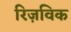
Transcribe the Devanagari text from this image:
रिज़विक